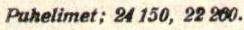
Puhelimet; 24 150, 22 260.